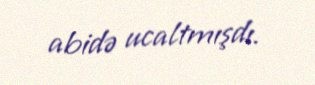
abidə ucaltmışdı.